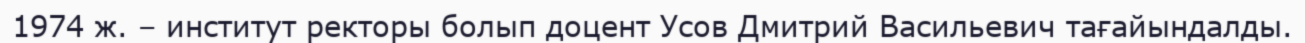
1974 ж. – институт ректоры болып доцент Усов Дмитрий Васильевич тағайындалды.